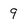
Character: 9